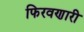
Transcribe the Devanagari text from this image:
फिरवणारी